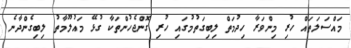
މައްސަލަތައް ހުރި މިންވަރާ ހިދުމަތް ލިބިގަތުމުގައި ހުރި ގޮންޖެހުންތަކާ ގުޅޭ މައުލޫމާތު ލިބިގެންދާނެ